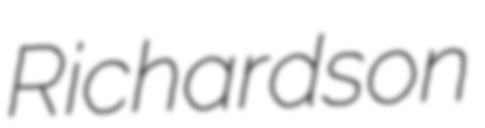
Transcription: Richardson